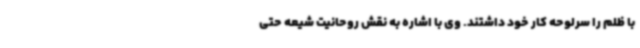
با ظلم را سرلوحه کار خود داشتند. وی با اشاره به نقش روحانیت شیعه حتی